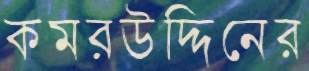
কমরউদ্দিনের